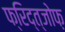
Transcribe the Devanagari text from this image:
फ्रिद्त्जोफ़